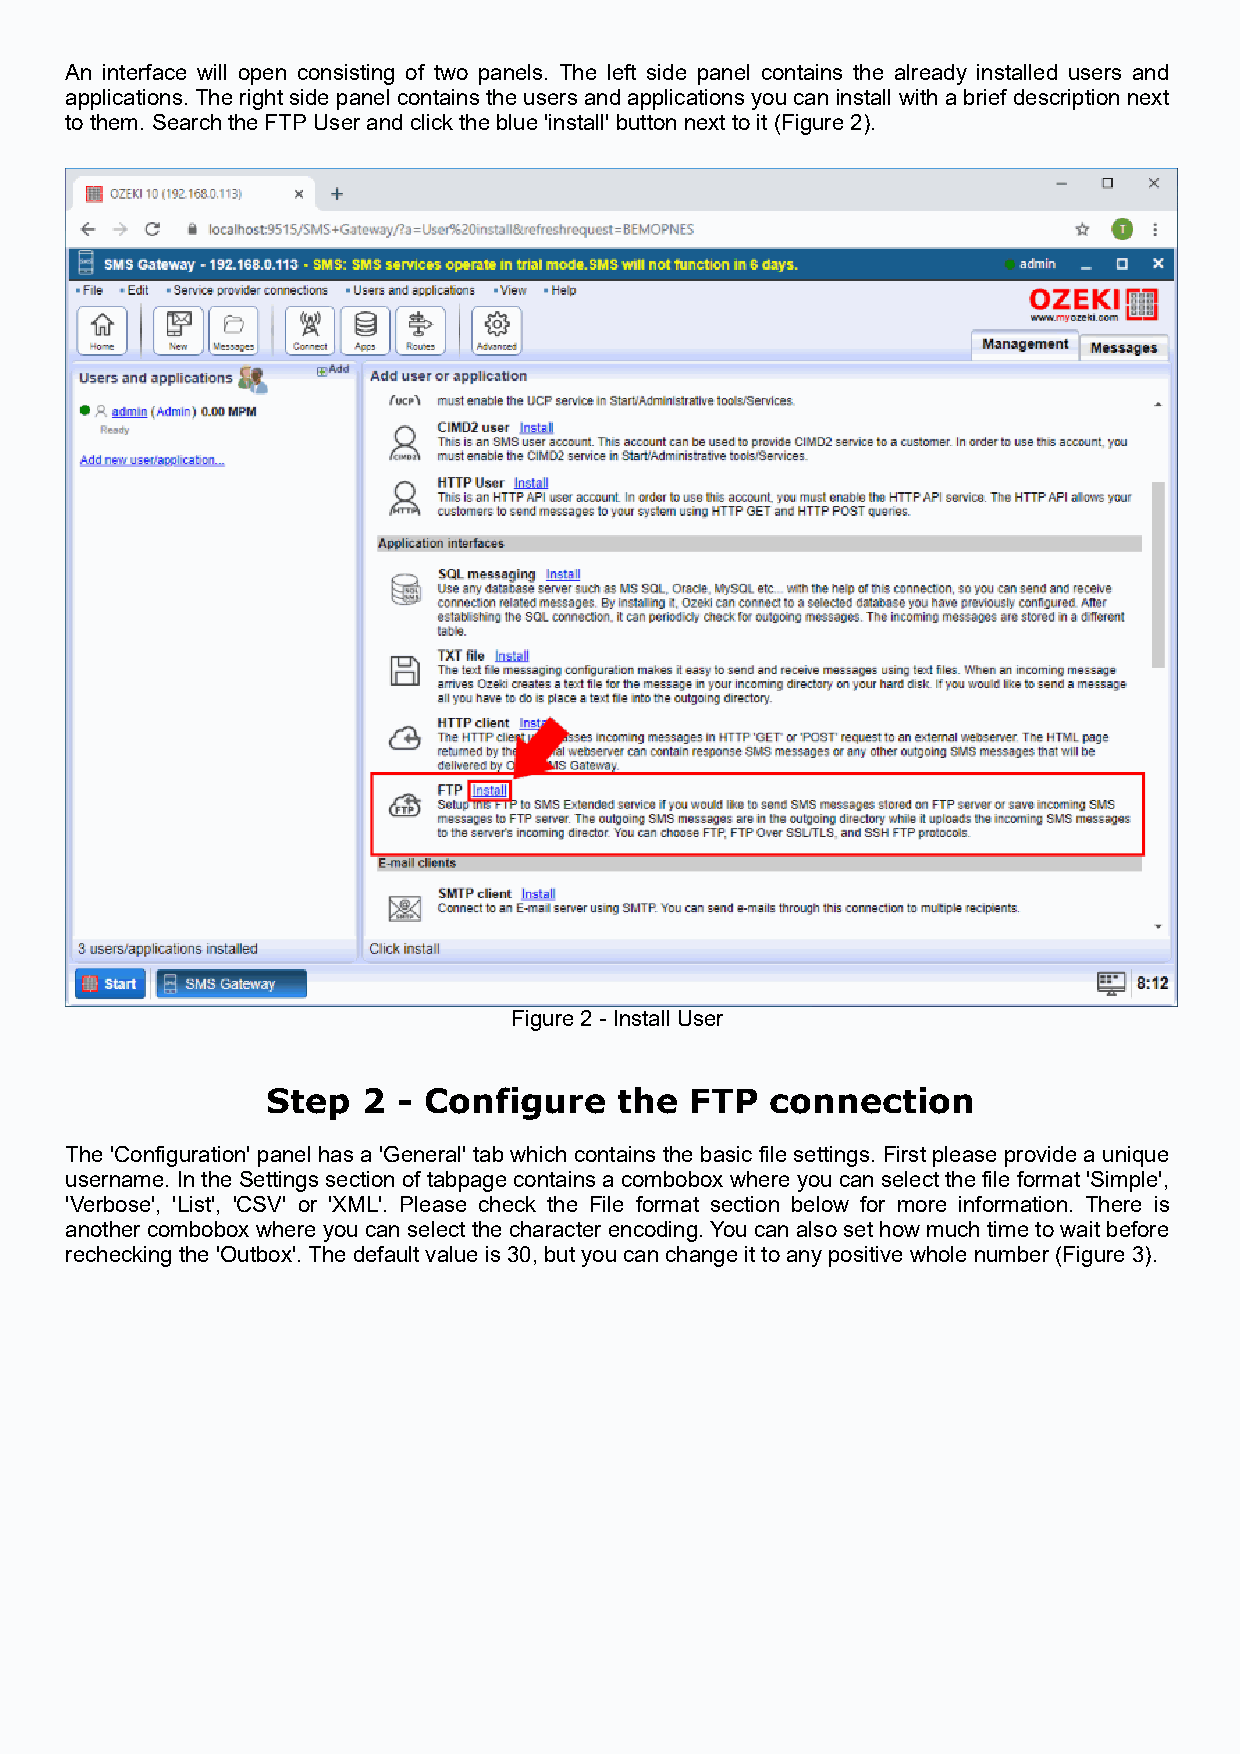
An interface will open consisting of two panels. The left side panel contains the already installed users and
 applications. The right side panel contains the users and applications you can install with a brief description next
 to them. Search the FTP User and click the blue 'install' button next to it (Figure 2).
 Figure 2 - Install User
 Step  2 - Configure    the  FTP  connection
 The 'Configuration' panel has a 'General' tab which contains the basic file settings. First please provide a unique
 username. In the Settings section of tabpage contains a combobox where you can select the file format 'Simple',
 'Verbose', 'List', 'CSV' or 'XML'. Please check the File format section below for more information. There is
 another combobox where you can select the character encoding. You can also set how much time to wait before
 rechecking the 'Outbox'. The default value is 30, but you can change it to any positive whole number (Figure 3).